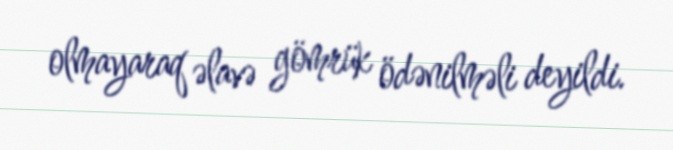
olmayaraq əlavə gömrük ödənilməli deyildi.